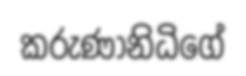
කරුණානිධිගේ